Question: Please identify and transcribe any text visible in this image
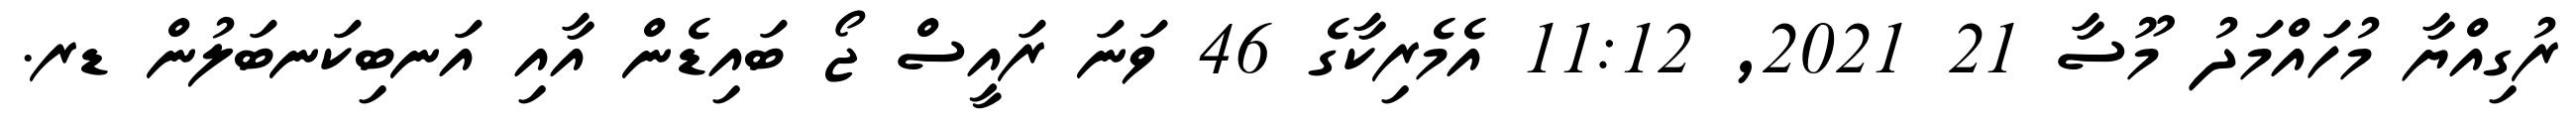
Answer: ރުގިއްޔާ މުހައްމަދު މޫސާ 21 2021, 11:12 އެމެރިކާގެ 46 ވަނަ ރައީސް ޖޯ ބައިޑެން އާއި އަނބިކަނބަލުން ޑރ.